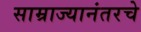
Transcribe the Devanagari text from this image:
साम्राज्यानंतरचे